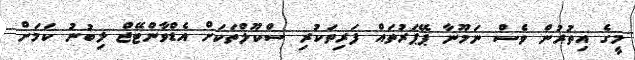
މީގެ އިތުރުން ވެސް ނަމޫނާ ޕޭޕަރުތައް ފަރިތަކުރި ސްކޫލްތަކަށް އެޑްވާންޓޭޖް ލިބުނު ކަމަށް